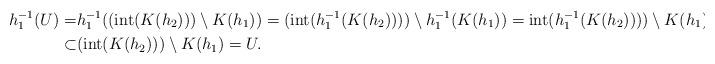
LaTeX: \begin{align*} h_{1}^{-1}(U) = & h_{1}^{-1}((\mbox{int}(K(h_{2})))\setminus K(h_{1})) = (\mbox{int}(h_{1}^{-1}(K(h_{2}))))\setminus h_{1}^{-1}(K(h_{1})) = \mbox{int}(h_{1}^{-1}(K(h_{2}))))\setminus K(h_{1})\\ \subset & (\mbox{int}(K(h_{2})))\setminus K(h_{1})=U.\end{align*}